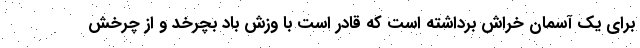
برای یک آسمان خراش برداشته است که قادر است با وزش باد بچرخد و از چرخش